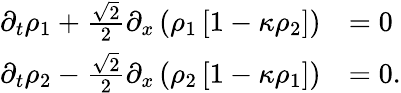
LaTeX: \begin{array}{rl}{\partial_{t}\rho_{1}+\frac{\sqrt{2}}{2}\partial_{x}\left(\rho_{1}\left[1-\kappa\rho_{2}\right]\right)}&{=0}\\ {\partial_{t}\rho_{2}-\frac{\sqrt{2}}{2}\partial_{x}\left(\rho_{2}\left[1-\kappa\rho_{1}\right]\right)}&{=0.}\end{array}